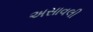
અસાવલી